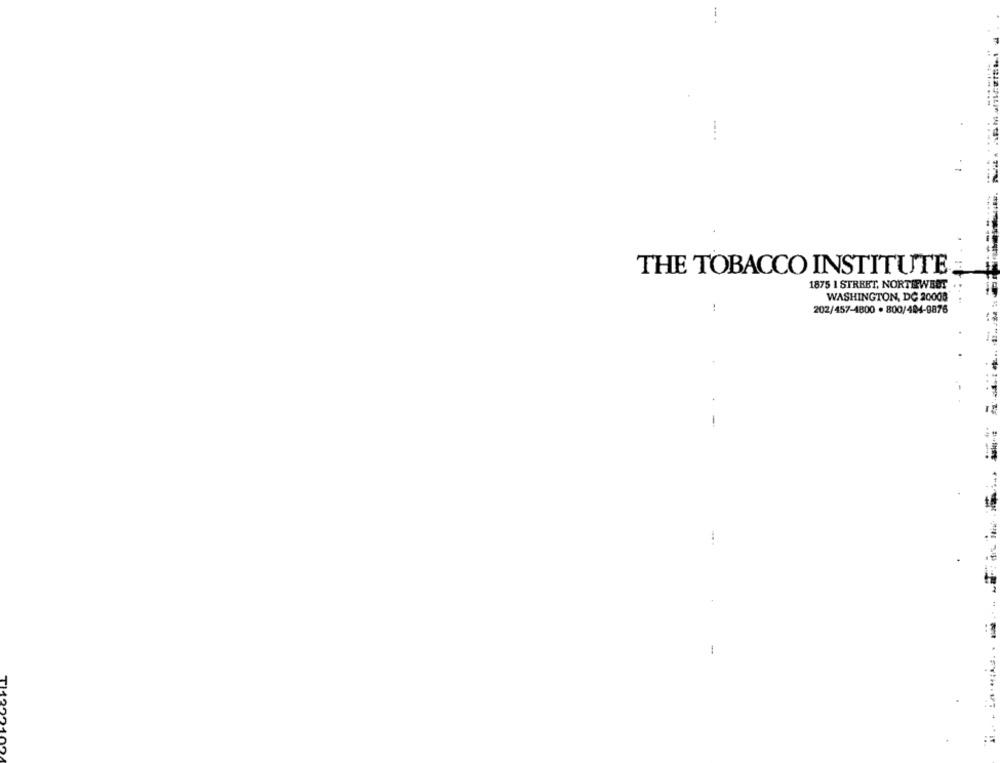
THE TOBACCO INSTITUTE
1875 1 STREET, NORTHFWBUT
WASHINGTON, DC 20008
!
202/457-4800 . 800/404-9876